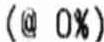
(@ 0%)